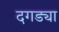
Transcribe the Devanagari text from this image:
दगड्या